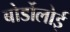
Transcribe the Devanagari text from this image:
बोर्डोलोई